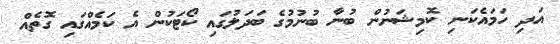
އަދި ހަމައެކަނި ކޮމިޝަނުން ބުނާ ބުނުމުގެ ބަދަލުގައި ކޯޓަކުން އެ ކަމެއްގައި ގޮތެއް